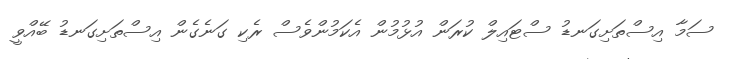
ސަމާ އިސްތަށިގަނޑު ސްޓައިލް ކުރަން އުޅުމުން އެކަމުންވެސް ރެކި ގަނެގެން އިސްތަށިގަނޑު ބޭއްވީ